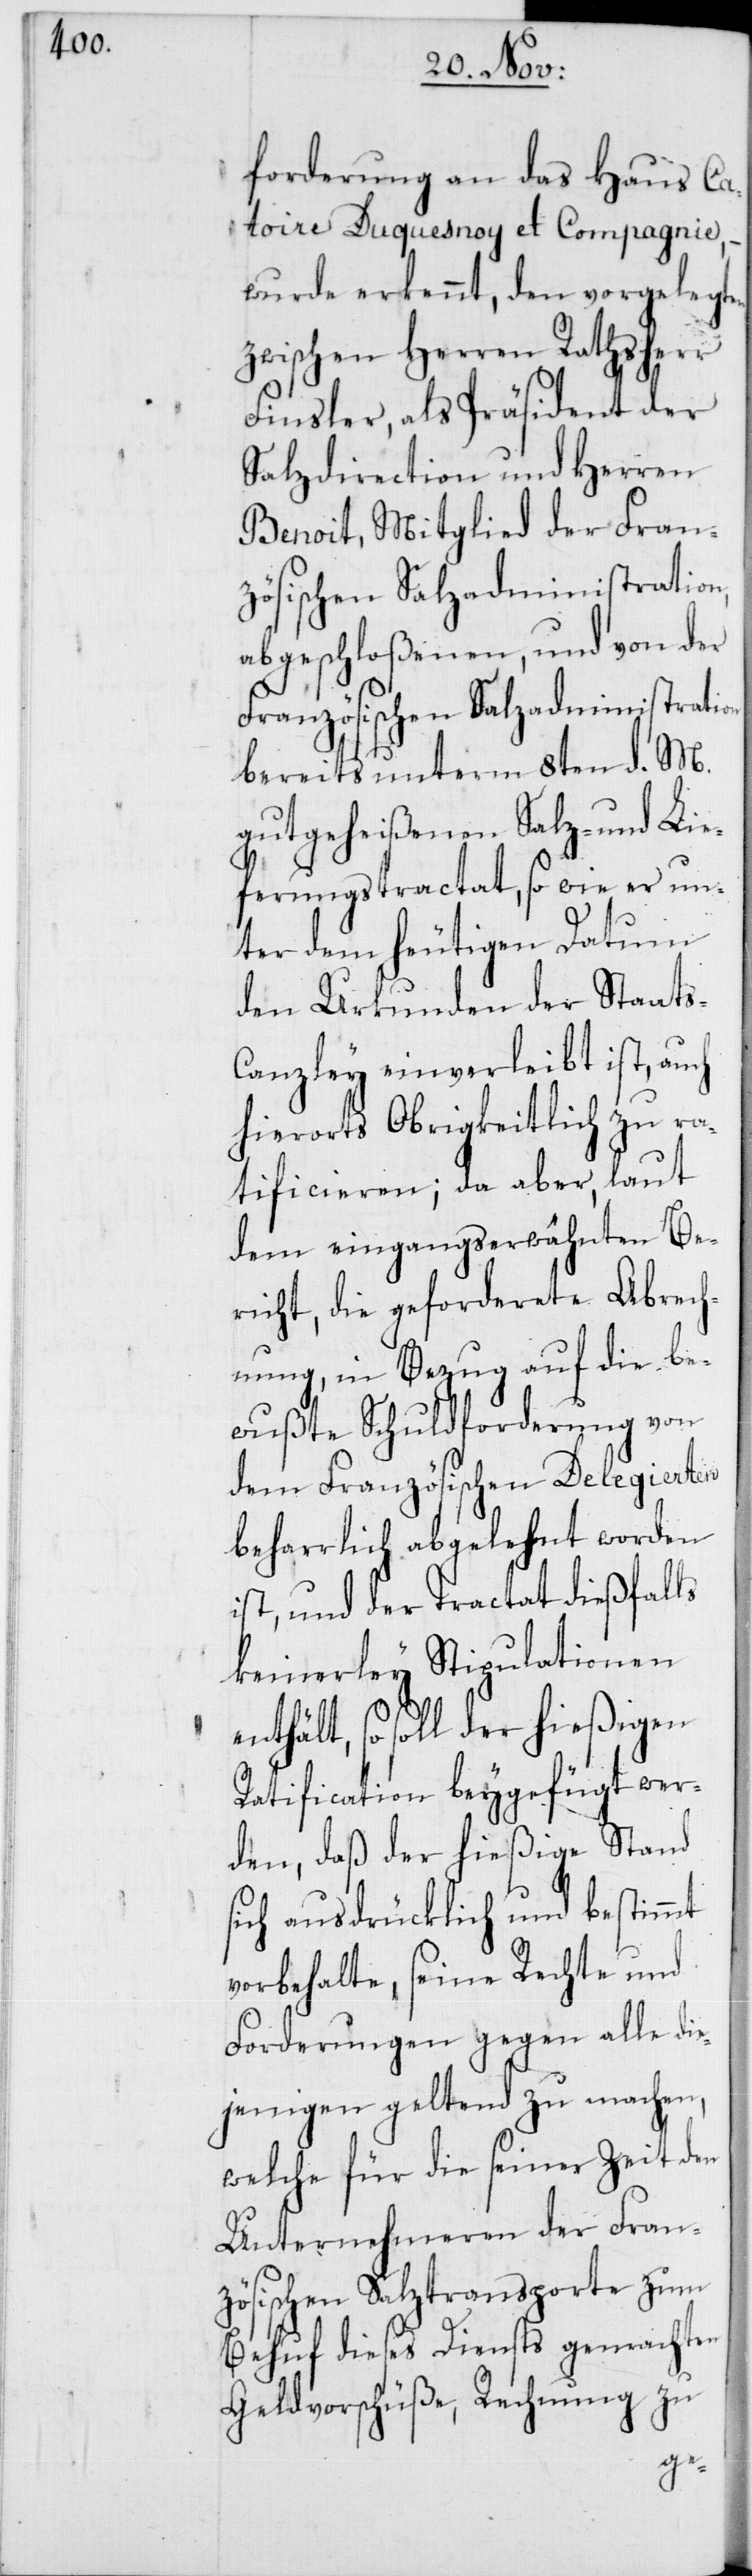
forderung an das Haus Ca¬
toire Duquesnoy et Compagnie,
wurde erkennt, den vorgelegt¬
zwischen Herren Rathsherr
Finsler, als Präsident der
Salzdirection und Herren
Benoit, Mitglied der Fran¬
zösischen Salzadministration,
abgeschloßenen, und von der
Französischen Salzadministration
bereits unterm 8ten d. M.
gutgeheißenen Salz- und Lie¬
ferungstractat, so wie er un¬
ter dem heutigen Datum
den Urkunden der Staats-C¬
anzley einverleibt ist, auch
hierorts Obrigkeitlich zu ra¬
tificeren; da aber, laut
dem eingangserwähnten Be¬
richt, die geforderete Abrech¬
nung, in Bezug auf die be¬
wußte Schuldforderung von
dem Französischen Delegierten
beharrlich abgelehnt worden
ist, und der Tractat dießfalls
keinerley Stipulationen
so soll der hießigen
Ratification beygefügt wer¬
den, daß der hießige Stand
sich ausdrücklich und bestimmt
vorbehalte, seine Rechte und
Forderungen gegen alle die¬
jenigen geltend zu machen,
welche für die seiner Zeit den
Unternehmeren der Fran¬
zösischen Salztransporte zum
Behuf dieses Diensts gemachten
Geldvorschüße, Rechnung zu
en,